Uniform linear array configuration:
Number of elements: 4
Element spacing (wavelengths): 0.75
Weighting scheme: kaiser
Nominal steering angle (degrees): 45
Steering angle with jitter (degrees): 45.389
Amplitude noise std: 0.05
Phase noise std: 0.05

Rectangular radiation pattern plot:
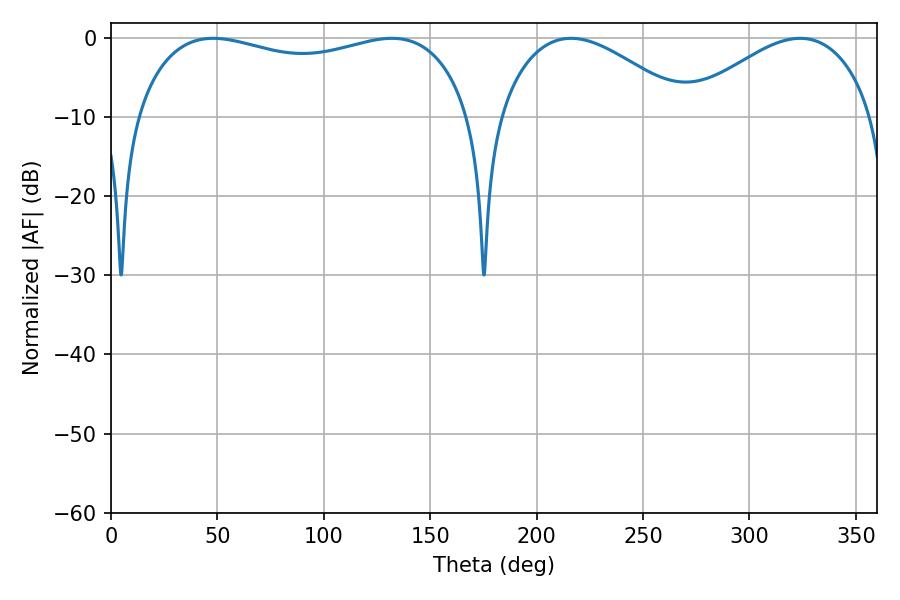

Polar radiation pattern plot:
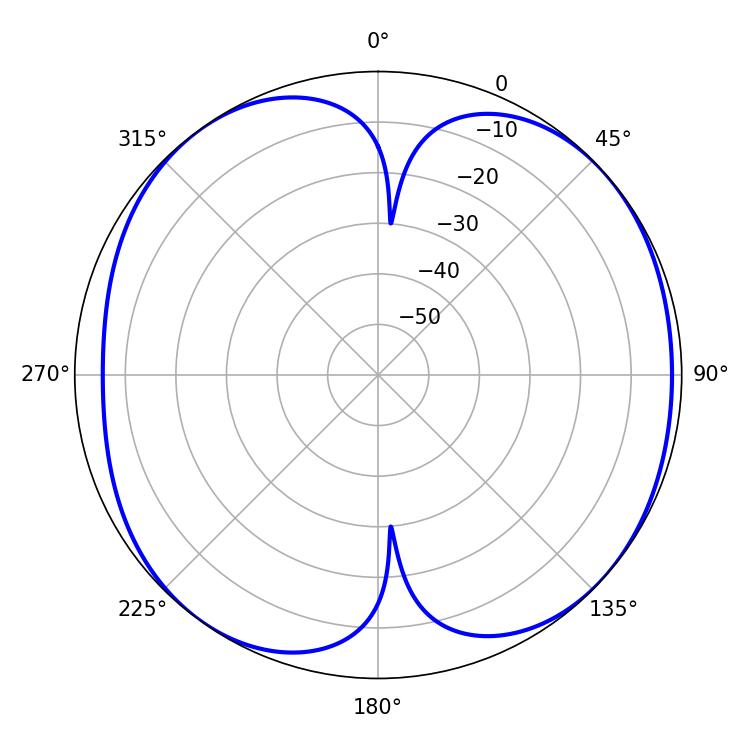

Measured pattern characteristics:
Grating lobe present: TRUE
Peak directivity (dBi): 7.759
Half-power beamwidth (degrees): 48.6
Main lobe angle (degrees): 216.18